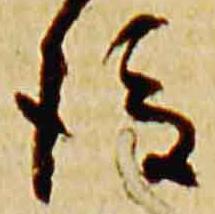
後